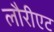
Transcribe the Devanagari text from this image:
लौरीएट